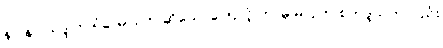
နဝါနဝါသဒ္ဒါက ရံခါ မပြုဟု ဆိုသောကြောင့် ဘာမှ မပြုဘဲ စတုဒ္ဒသဟုလည်း